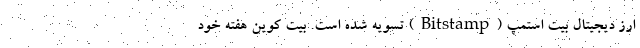
ارز دیجیتال بیت استمپ (Bitstamp) تسویه شده است. بیت کوین هفته خود